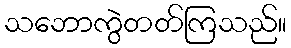
သဘောကွဲတတ်ကြသည်။